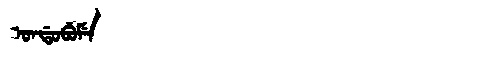
Manchu: ᠣᠨᡩᠣᠪᡠᠮᡝ
Romanization: ONDOBUME